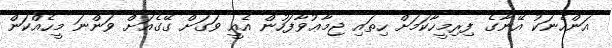
އަންހެނަކު އޭނާގެ ފިރިމީހާކަމަށް ހިތައި ޖިމާޢުވާފަހުން އެއީ ވަގަށް ގޭގެއަށް ވަންނަ މީހެއްކަން